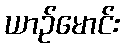
ယာဉ်မောင်း